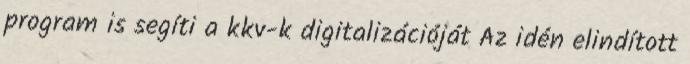
program is segíti a kkv-k digitalizációját Az idén elindított